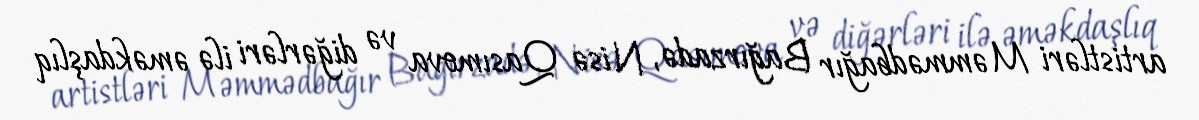
artistləri Məmmədbağır Bağırzadə, Nisə Qasımova və diğərləri ilə əməkdaşlıq